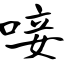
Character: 唼